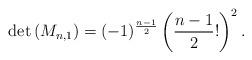
LaTeX: \begin{align*} \operatorname{det}\left(M_{n,1}\right)=(-1)^{\frac{n-1}{2}}\left(\frac{n-1}{2} !\right)^{2}. \end{align*}